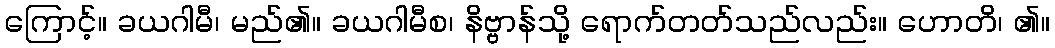
ကြောင့်။ ခယဂါမီ၊ မည်၏။ ခယဂါမီစ၊ နိဗ္ဗာန်သို့ ရောက်တတ်သည်လည်း။ ဟောတိ၊ ၏။